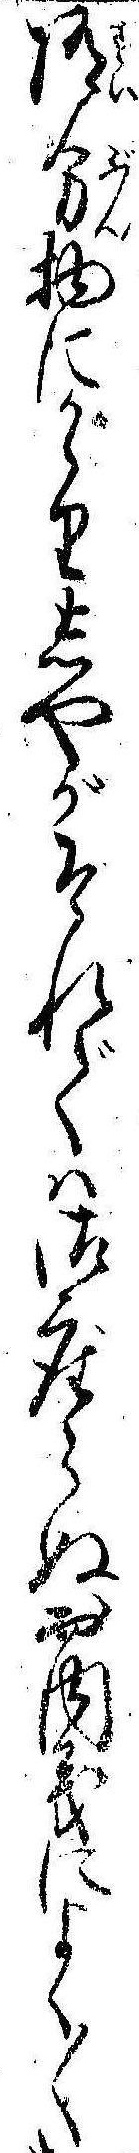
随分物にかゝりしやがそれでは御座らぬお内義によく〱